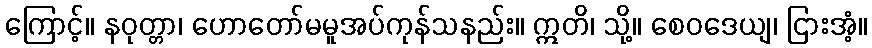
ကြောင့်။ နဝုတ္တာ၊ ဟောတော်မမူအပ်ကုန်သနည်း။ ဣတိ၊ သို့။ စေဝဒေယျ၊ ငြားအံ့။